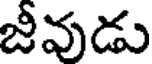
జీవుడు